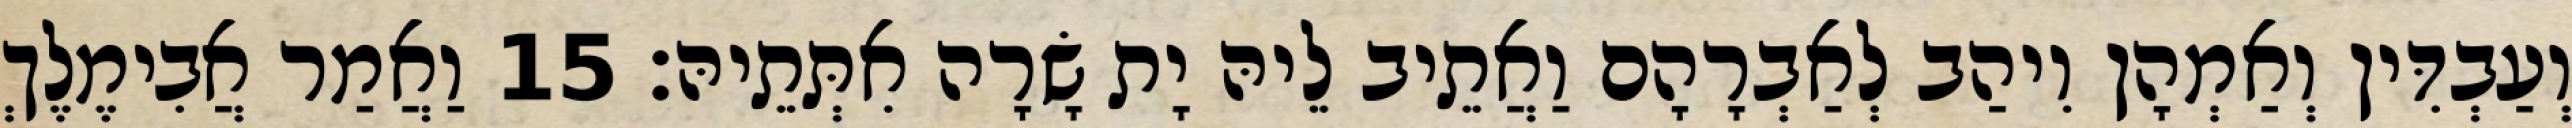
וְעַבְדִּין וְאַמְהָן וִיהַב לְאַבְרָהָם וַאֲתֵיב לֵיהּ יָת שָׂרָה אִתְּתֵיהּ׃ 15 וַאֲמַר אֲבִימֶלֶךְ